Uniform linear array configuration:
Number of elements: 8
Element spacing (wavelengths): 1
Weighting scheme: binomial
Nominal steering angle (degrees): -30
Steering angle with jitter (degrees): -28.582
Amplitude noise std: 0.05
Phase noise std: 0.05

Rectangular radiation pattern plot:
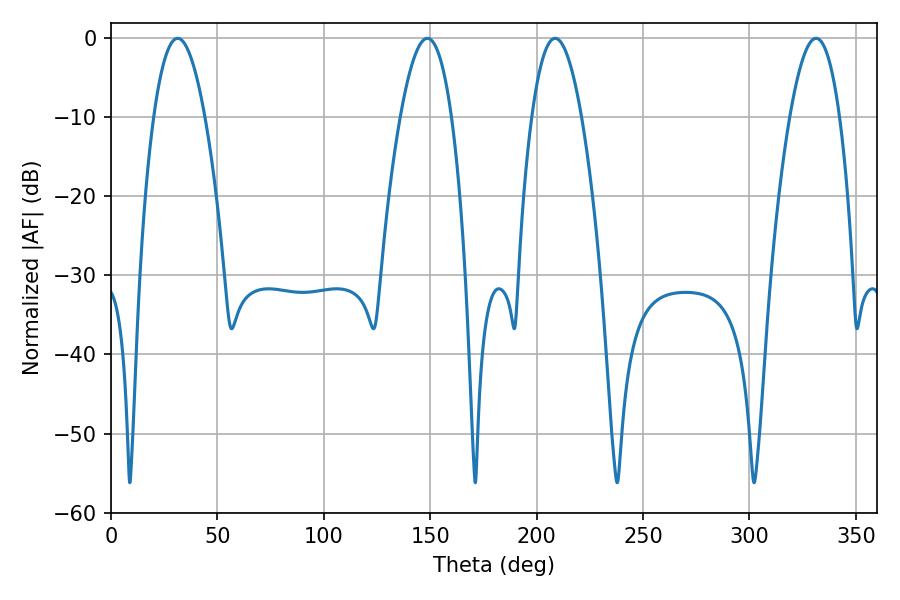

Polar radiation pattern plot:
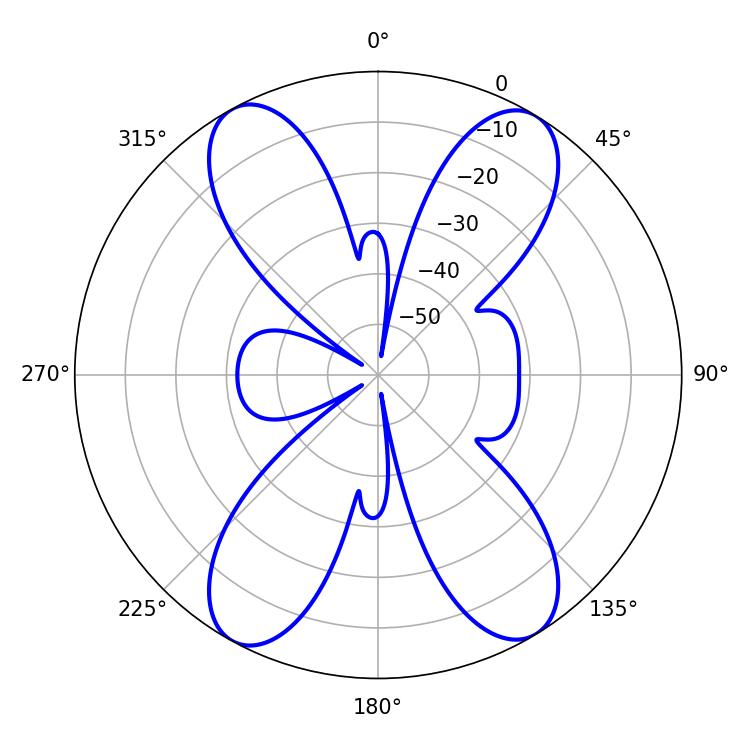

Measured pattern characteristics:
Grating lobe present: TRUE
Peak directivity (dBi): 18.784
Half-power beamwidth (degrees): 13.14
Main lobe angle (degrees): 31.32